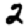
Digit: 2